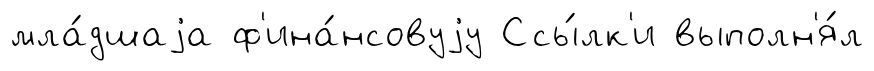
мла́дшаjа ф'ина́нсовуjу Ссы́лк'и выполн'я́л